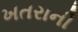
ખતરાની